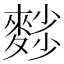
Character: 𪍉